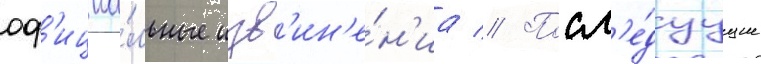
оф'ициа́льные изв'ин'е́н'иа // Посл'е́дуущие